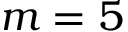
m = 5